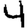
Digit: 4